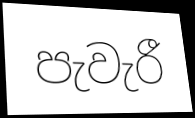
පැවැරී